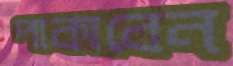
পাকাবেন